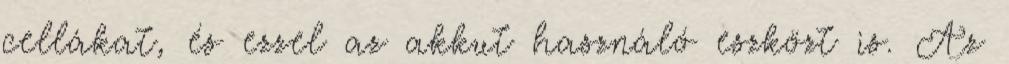
cellákat, és ezzel az akkut használó eszközt is. Az